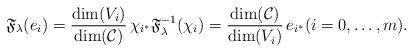
LaTeX: \begin{align*} \mathfrak{F}_{\lambda}(e_i) = \frac{\dim(V_i)}{\dim(\mathcal{C})} \, \chi_{i^*} \mathfrak{F}_{\lambda}^{-1}(\chi_i) = \frac{\dim(\mathcal{C})}{\dim(V_i)} \, e_{i^*} (i = 0, \dotsc, m). \end{align*}